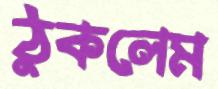
ঠুকলেম